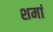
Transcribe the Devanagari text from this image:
शमां